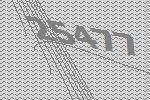
25477